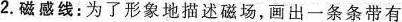
2.磁感线：为了形象地描述磁场，画出一条条带有